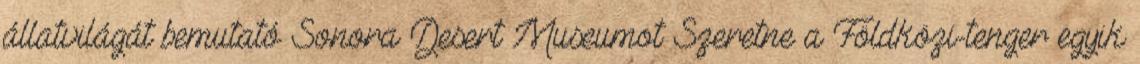
állatvilágát bemutató Sonora Desert Museumot Szeretne a Földközi-tenger egyik